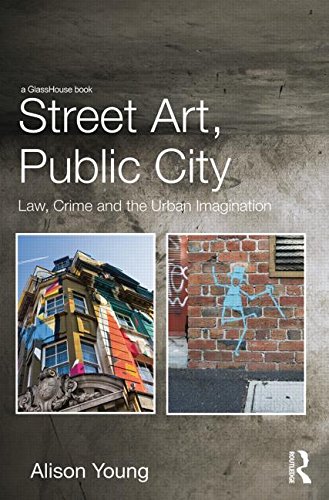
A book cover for Street Art, Public City: Law, Crime and the Urban Imagination; Alison Young; Arts & Photography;